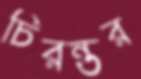
চিরন্তর